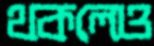
থকলেও